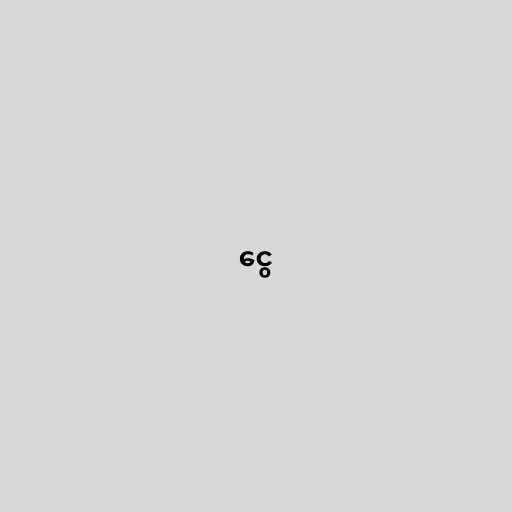
ငွေ